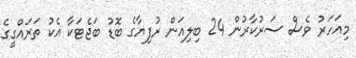
މިއަހަރު ވެސް ސަރުކާރުން 24 ބިލިއަން ރުފިޔާގެ ބޮޑު ބަޖެޓަކާ އެކު ތަރައްގީގެ